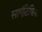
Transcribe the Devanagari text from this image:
साएंटिफिक